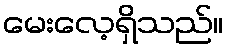
မေးလေ့ရှိသည်။